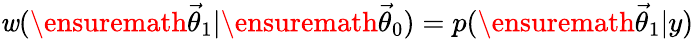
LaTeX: \mathit{w}(\ensuremath{{\vec{{\theta}}}}_{1}|\ensuremath{{\vec{{\theta}}}}_{0})=p(\ensuremath{{\vec{{\theta}}}}_{1}|y)